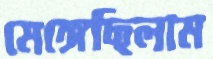
মেঙ্গেছিলাম